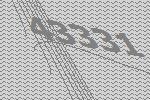
43331